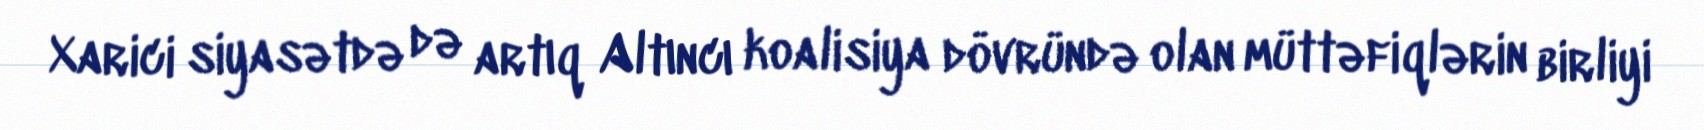
Xarici siyasətdə də artıq Altıncı koalisiya dövründə olan müttəfiqlərin birliyi